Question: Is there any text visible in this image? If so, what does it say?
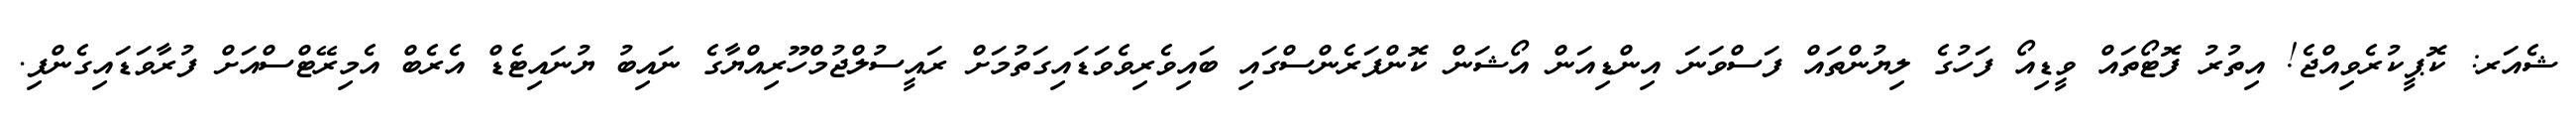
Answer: ޝެއަރ: ކޮޕީކުރެވިއްޖެ! އިތުރު ފޮޓޯތައް ވީޑިއޯ ފަހުގެ ލިޔުންތައް ފަސްވަނަ އިންޑިއަން އޯޝަން ކޮންފަރެންސްގައި ބައިވެރިވެވަޑައިގަތުމަށް ރައީސުލްޖުމްހޫރިއްޔާގެ ނައިބު ޔުނައިޓެޑް އެރެބް އެމިރޭޓްސްއަށް ފުރާވަޑައިގެންފި.